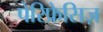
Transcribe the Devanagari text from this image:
पेरिफ्रेसिज़